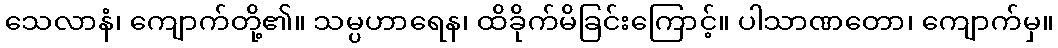
သေလာနံ၊ ကျောက်တို့၏။ သမ္ပဟာရေန၊ ထိခိုက်မိခြင်းကြောင့်။ ပါသာဏတော၊ ကျောက်မှ။